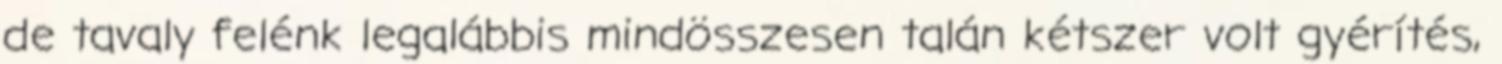
de tavaly felénk legalábbis mindösszesen talán kétszer volt gyérítés,